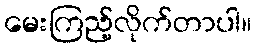
မေးကြည့်လိုက်တာပါ။